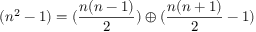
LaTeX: ( n ^ { 2 } - 1 ) = ( \frac { n ( n - 1 ) } { 2 } ) \oplus ( \frac { n ( n + 1 ) } { 2 } - 1 )